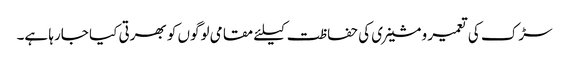
سڑک کی تعمیر و مشینری کی حفاظت کیلئے مقامی لوگوں کو بھرتی کیا جارہا ہے۔